Civil Veterinary Department Bihar reports 1936-40 - 1936-1940
Year: 1936
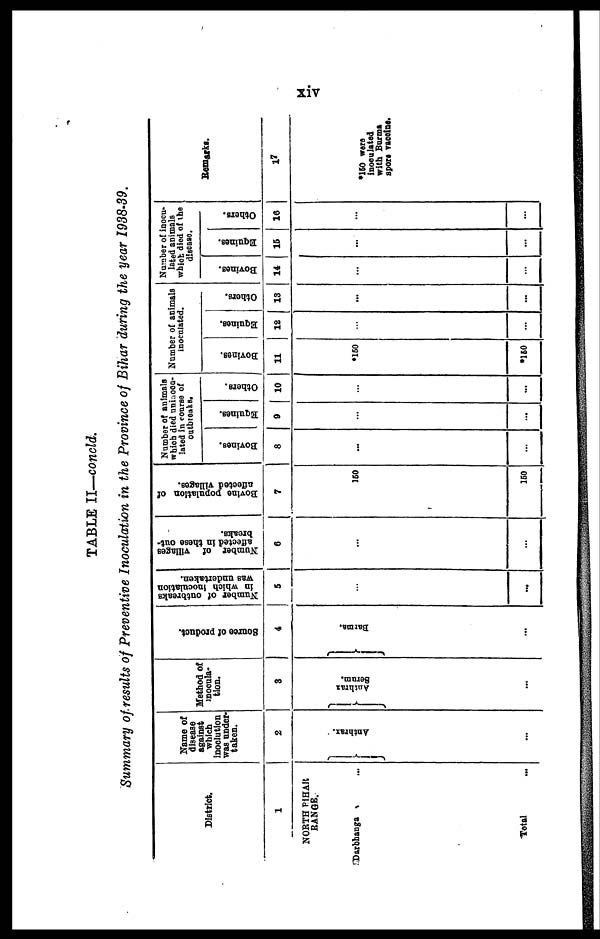
xiv
TABLE II—concld.
Summary of results of Preventive Inoculation in the Province of Bihar during the year 1938-39.
District.
1
NORTH BIHAR
RANGE.
Darbhanga ...
Total ...
Name of
disease
against
which
inoclution
was under-
taken.
2
Anthrax.
...
Method of
inocula-
tion.
3
Anthrax
Se r um.
...
Source of product.
4
Ba r ma .
...
Number of outbreaks
in which inoculation
was undertaken.
5
...
...
Number of villages
affected in these out-
breaks.
6
...
...
Bovine population of
affected villages.
7
150
*150
Number of animals
which died uninocu-
lated in course of
outbreaks.
Bovines.
8
...
...
Equines.
9
...
...
Others.
10
...
...
Number of animals
inoculated.
Bovines.
11
*150
*150
Equines.
12
...
...
Others.
13
...
...
Number of inocu-
lated animals
which died of the
disease.
Bovines.
14
...
...
Equines.
15
...
...
Others.
16
...
...
Remarks.
17
*150 were
inoculated
with Burma
spore vaccine.